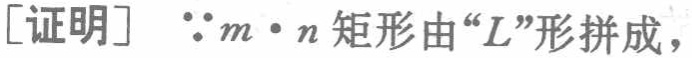
[证明] $\because m\cdot n$ 矩形由“$L$”形拼成，